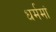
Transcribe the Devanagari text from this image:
धर्ममां